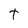
Character: t